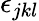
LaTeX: \epsilon_{jkl}